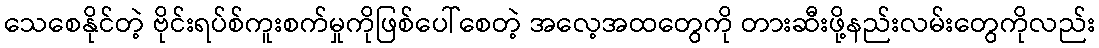
သေစေနိုင်တဲ့ ဗိုင်းရပ်စ်ကူးစက်မှုကိုဖြစ်ပေါ်စေတဲ့ အလေ့အထတွေကို တားဆီးဖို့နည်းလမ်းတွေကိုလည်း